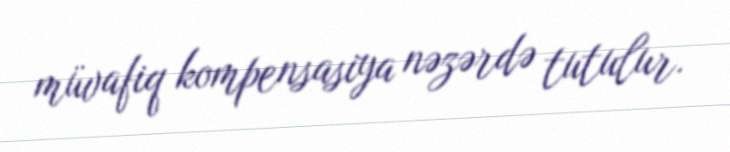
müvafiq kompensasiya nəzərdə tutulur.